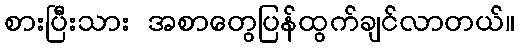
စားပြီးသား အစာတွေပြန်ထွက်ချင်လာတယ်။